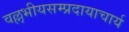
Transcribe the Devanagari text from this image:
वल्लभीयसम्प्रदायाचार्य